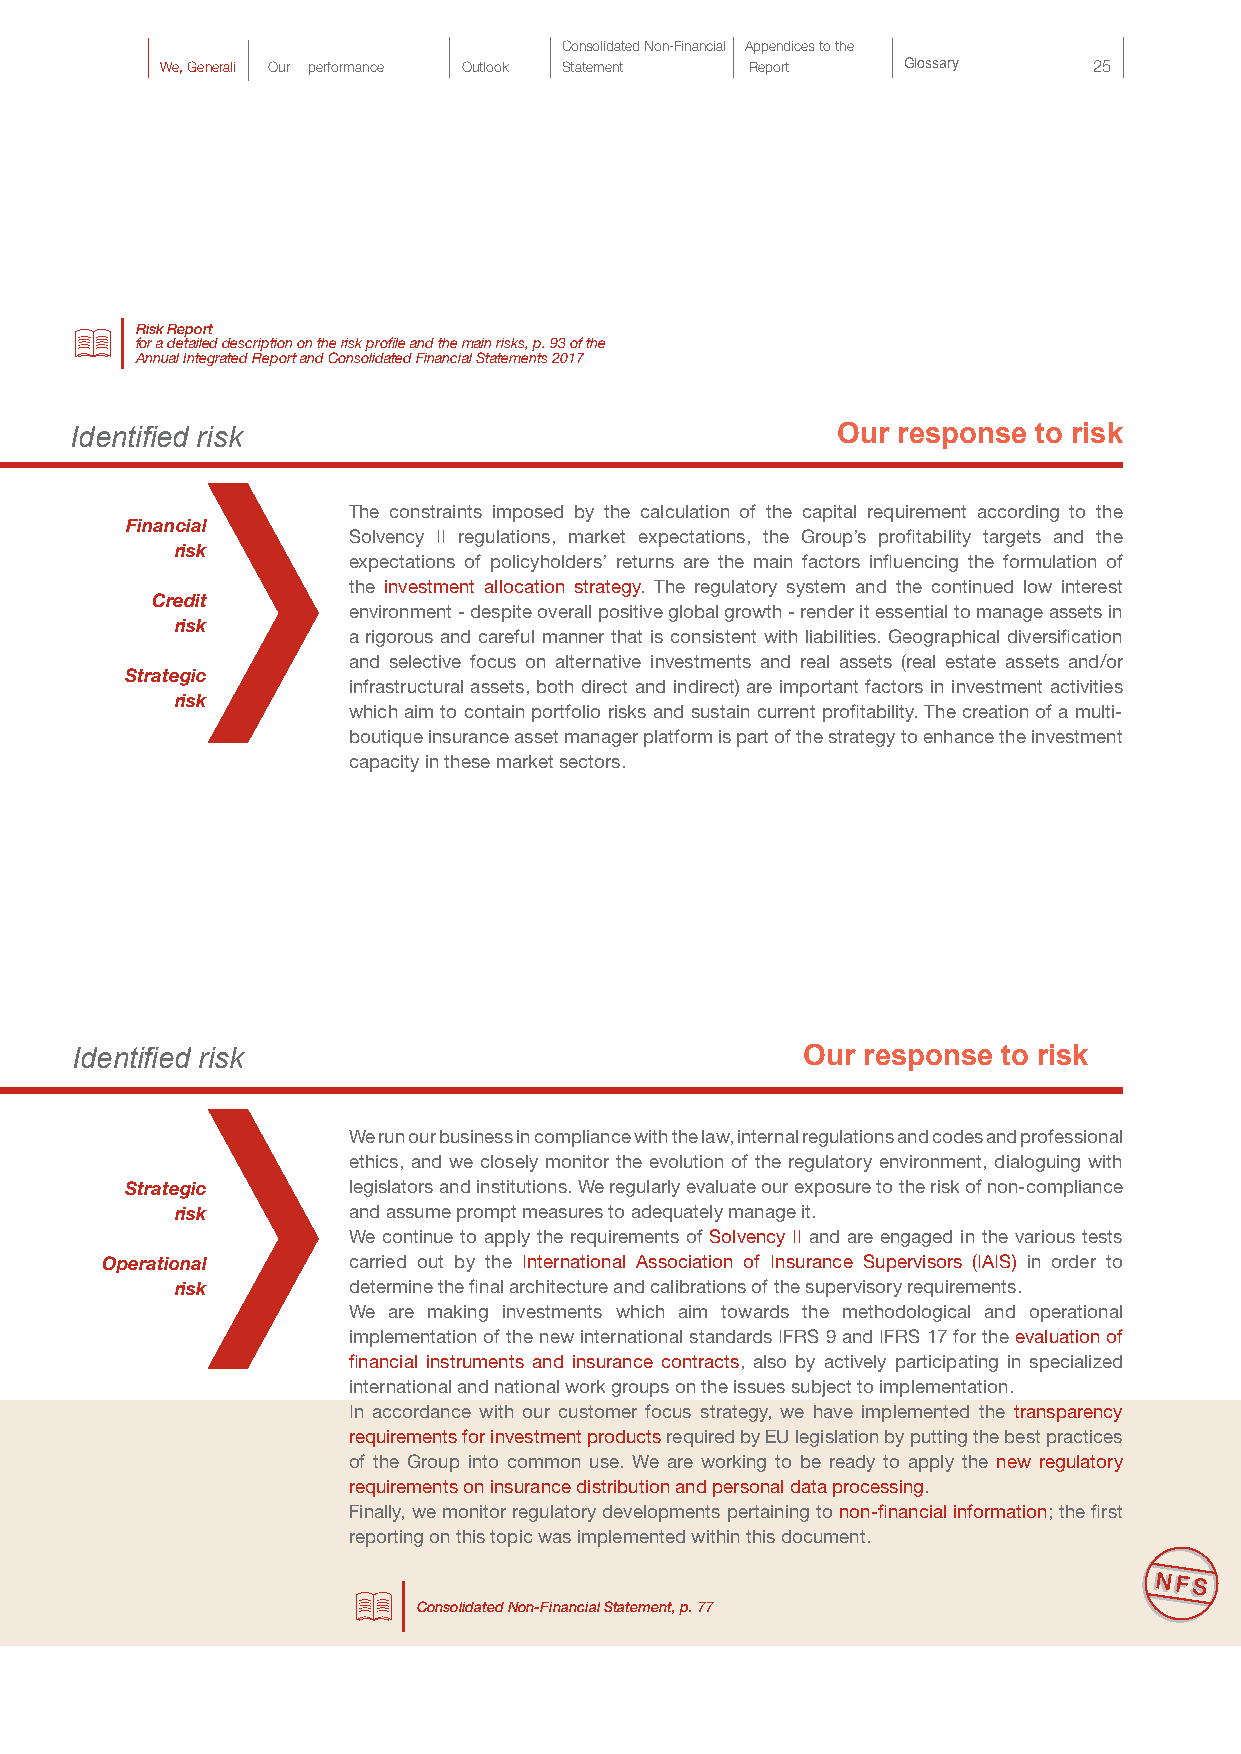
Consolidated Non-Financial Appendices to the
 We, Generali Our performance Outlook Statement Report Glossary 25
 Risk Report
 for a detailed description on the risk profile and the main risks, p. 93 of the
 Annual Integrated Report and Consolidated Financial Statements 2017
 Identified risk                                   Our response to risk
 The constraints imposed by the calculation of the capital requirement according to the
 Financial
 Solvency II regulations, market expectations, the Group’s profitability targets and the
 risk
 expectations of policyholders’ returns are the main factors influencing the formulation of
 the investment allocation strategy. The regulatory system and the continued low interest
 Credit
 environment - despite overall positive global growth - render it essential to manage assets in
 risk
 a rigorous and careful manner that is consistent with liabilities. Geographical diversification
 and selective focus on alternative investments and real assets (real estate assets and/or
 Strategic
 infrastructural assets, both direct and indirect) are important factors in investment activities
 risk
 which aim to contain portfolio risks and sustain current profitability. The creation of a multi-
 boutique insurance asset manager platform is part of the strategy to enhance the investment
 capacity in these market sectors.
 Identified risk                                 Our response to risk
 We run our business in compliance with the law, internal regulations and codes and professional
 ethics, and we closely monitor the evolution of the regulatory environment, dialoguing with
 Strategic      legislators and institutions. We regularly evaluate our exposure to the risk of non-compliance
 risk       and assume prompt measures to adequately manage it.
 We continue to apply the requirements of Solvency II and are engaged in the various tests
 Operational     carried out by the International Association of Insurance Supervisors (IAIS) in order to
 risk       determine the final architecture and calibrations of the supervisory requirements.
 We are making investments which aim towards the methodological and operational
 implementation of the new international standards IFRS 9 and IFRS 17 for the evaluation of
 financial instruments and insurance contracts, also by actively participating in specialized
 international and national work groups on the issues subject to implementation.
 In accordance with our customer focus strategy, we have implemented the transparency
 requirements for investment products required by EU legislation by putting the best practices
 of the Group into common use. We are working to be ready to apply the new regulatory
 requirements on insurance distribution and personal data processing.
 Finally, we monitor regulatory developments pertaining to non-financial information; the first
 reporting on this topic was implemented within this document.
 Consolidated Non-Financial Statement, p. 77